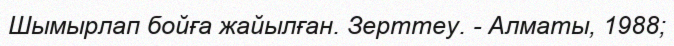
Шымырлап бойға жайылған. Зерттеу. - Алматы, 1988;